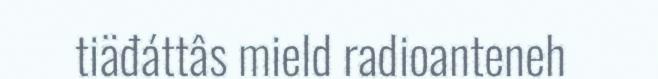
tiäđáttâs mield radioanteneh